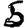
Digit: 5